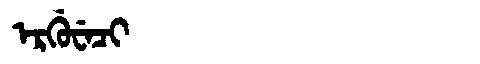
Manchu: ᡝᡵᡤᡠᠸᡝᠴᡳ
Romanization: ERGUWECI